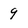
Character: 9